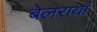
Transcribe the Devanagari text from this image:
बेलरायां